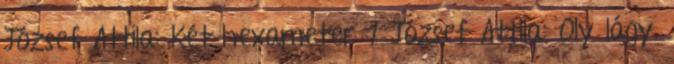
József Attila: Két hexameter 1 József Attila: Oly lágy.